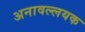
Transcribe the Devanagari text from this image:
अनावल्लयक